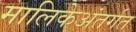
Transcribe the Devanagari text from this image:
मालिकेअंतर्गत